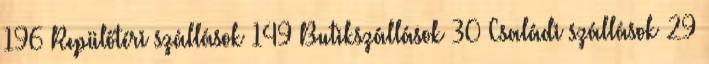
196 Repülőtéri szállások 149 Butikszállások 30 Családi szállások 29